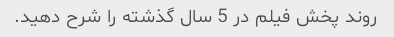
روند پخش فیلم در 5 سال گذشته را شرح دهید.